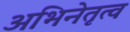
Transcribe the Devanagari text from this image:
अभिनेतृत्व